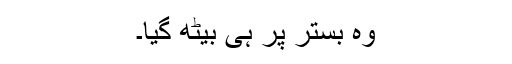
وہ بستر پر ہی بیٹھ گیا۔